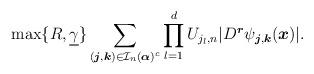
LaTeX: \begin{align*}\max\{R,\underline{\gamma}\}\sum_{(\boldsymbol{j},\boldsymbol{k})\in\mathcal{I}_n(\boldsymbol{\alpha})^c}\prod_{l=1}^dU_{j_l,n}|D^{\boldsymbol{r}}\psi_{\boldsymbol{j},\boldsymbol{k}}(\boldsymbol{x})|.\end{align*}